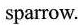
sparrow.